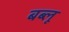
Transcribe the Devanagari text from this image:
बब्लू